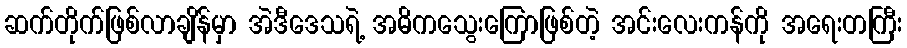
ဆက်တိုက်ဖြစ်လာချိန်မှာ အဲဒီဒေသရဲ့ အဓိကသွေးကြောဖြစ်တဲ့ အင်းလေးကန်ကို အရေးတကြီး